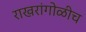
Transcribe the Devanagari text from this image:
राखरांगोळीच